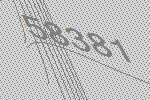
58381